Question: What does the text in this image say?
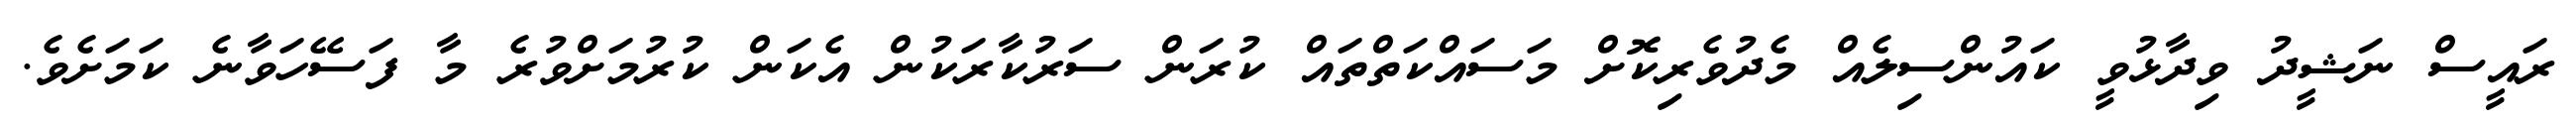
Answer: ރައީސް ނަޝީދު ވިދާޅުވީ ކައުންސިލެއް މެދުވެރިކޮށް މަސައްކަތްތައް ކުރަން ސަރުކާރަކުން އެކަން ކުރުމަށްވުރެ މާ ފަސޭހަވާނެ ކަމަށެވެ.